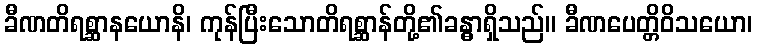
ခီဏတိရစ္ဆာနယောနိ၊ ကုန်ပြီးသောတိရစ္ဆာန်တို့၏ခန္ဓာရှိသည်။ ခီဏပေတ္တိဝိသယော၊